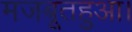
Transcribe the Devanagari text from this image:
मजबूतहुआ।